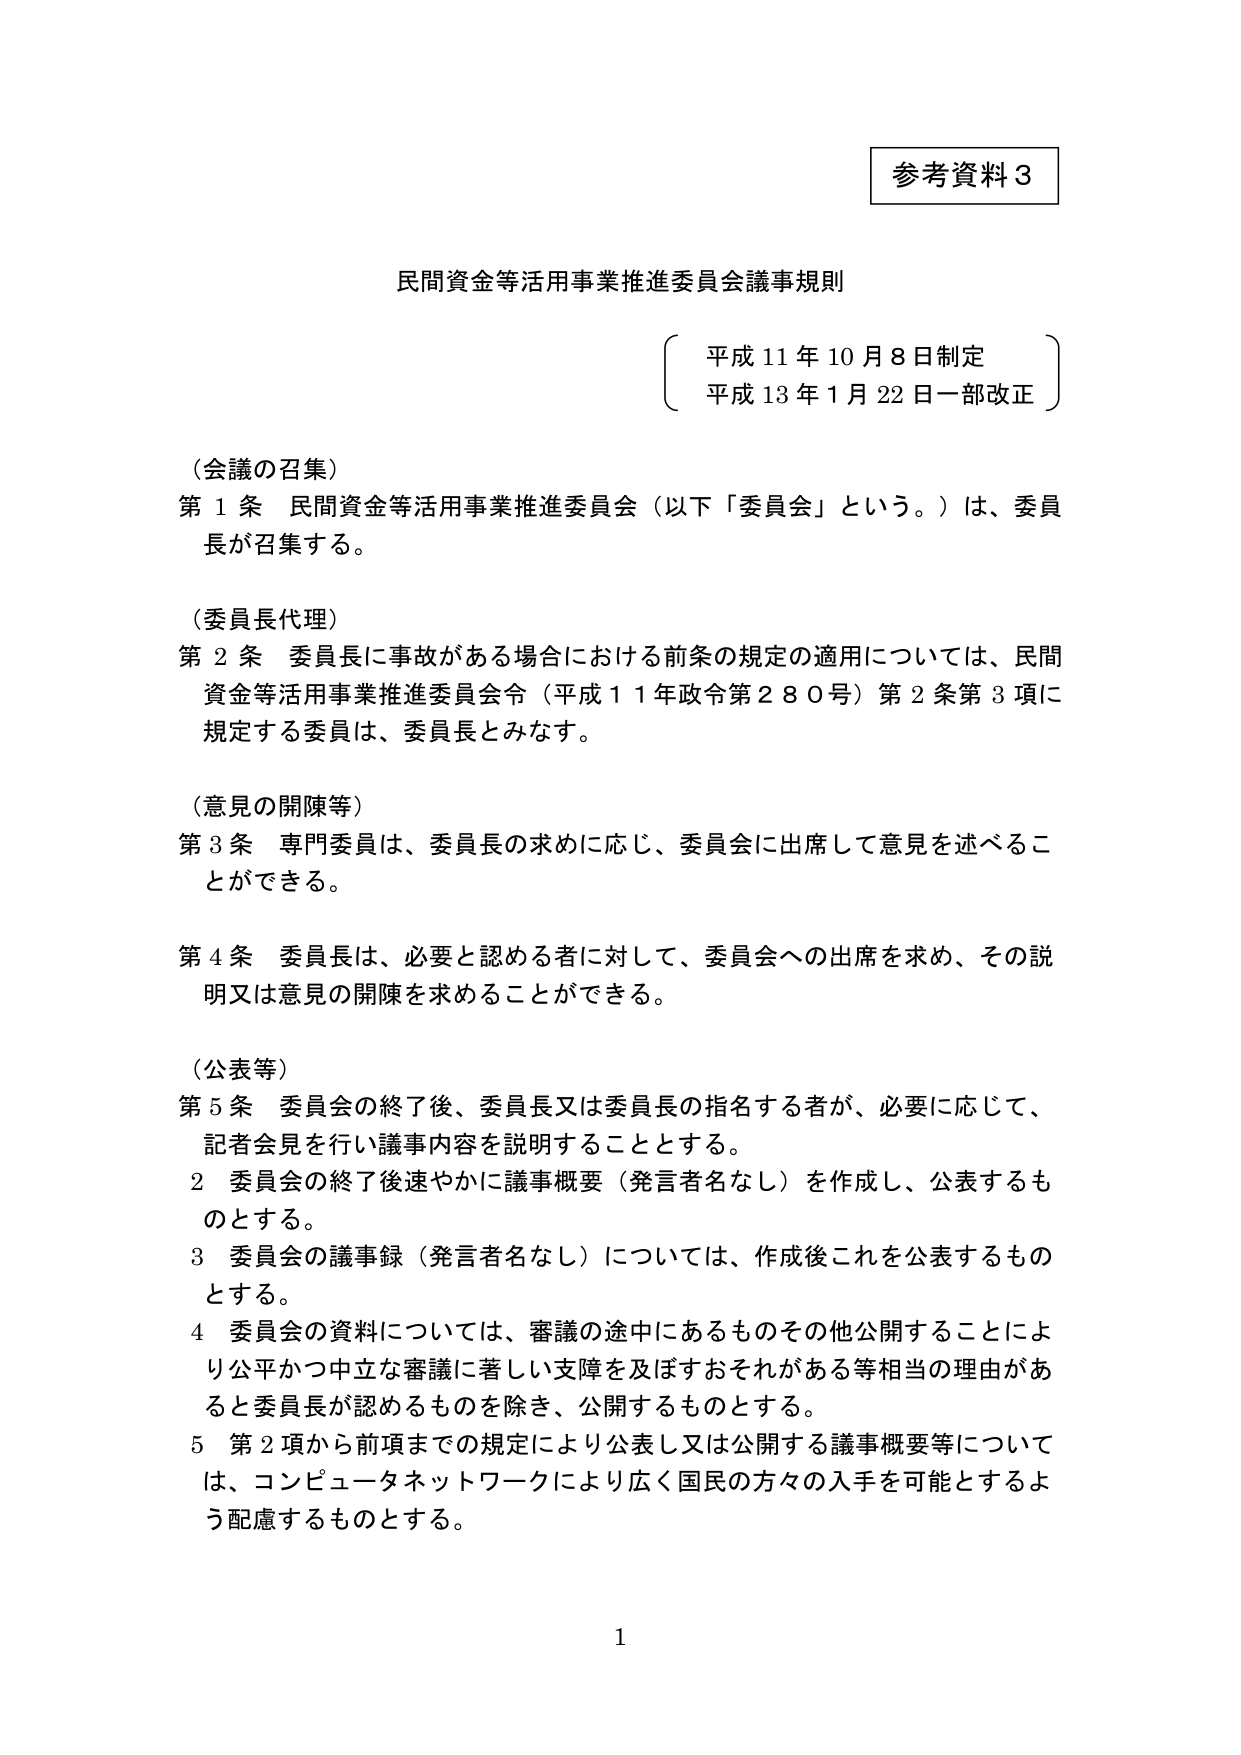
参考資料３

民間資金等活用事業推進委員会議事規則

平成11年10月8日制定
平成13年1月22日一部改正

（会議の召集）
第１条　民間資金等活用事業推進委員会（以下「委員会」という。）は、委員長が召集する。

（委員長代理）
第２条　委員長に事故がある場合における前条の規定の適用については、民間資金等活用事業推進委員会令（平成11年政令第280号）第2条第3項に規定する委員は、委員長とみなす。

（意見の開陳等）
第３条　専門委員は、委員長の求めに応じ、委員会に出席して意見を述べることができる。

第４条　委員長は、必要と認める者に対して、委員会への出席を求め、その説明又は意見の開陳を求めることができる。

（公表等）
第５条　委員会の終了後、委員長又は委員長の指名する者が、必要に応じて、記者会見を行い議事内容を説明することとする。
　　２　委員会の終了後速やかに議事概要（発言者名なし）を作成し、公表するものとする。
　　３　委員会の議事録（発言者名なし）については、作成後これを公表するものとする。
　　４　委員会の資料については、審議の途中にあるものその他公開することにより公平かつ中立な審議に著しい支障を及ぼすおそれがある等相当の理由があると委員長が認めるものを除き、公開するものとする。
　　５　第２項から前項までの規定により公表し又は公開する議事概要等については、コンピュータネットワークにより広く国民の方々の入手を可能とするよう配慮するものとする。

1